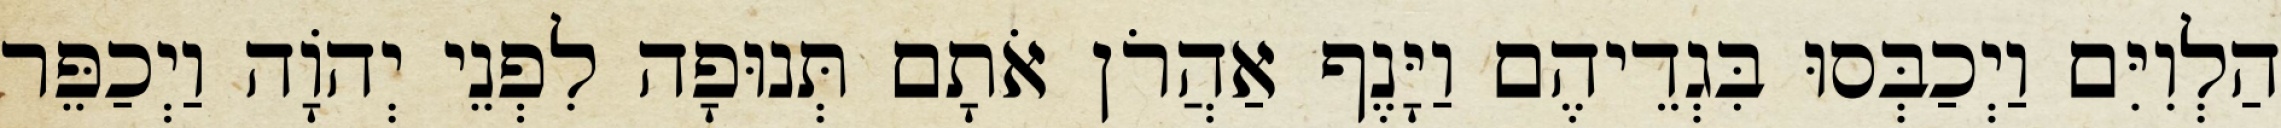
הַלְוִיִּם וַיְכַבְּסוּ בִּגְדֵיהֶם וַיָּנֶף אַהֲרֹן אֹתָם תְּנוּפָה לִפְנֵי יְהוָֹה וַיְכַפֵּר